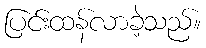
ပြင်းထန်လာခဲ့သည်။